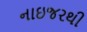
નાઇજરથી